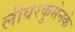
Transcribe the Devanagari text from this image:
लीवरकुसेनके